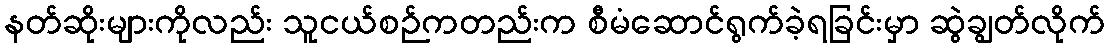
နတ်ဆိုးများကိုလည်း သူငယ်စဉ်ကတည်းက စီမံဆောင်ရွက်ခဲ့ရခြင်းမှာ ဆွဲချွတ်လိုက်